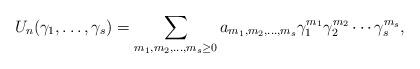
LaTeX: \begin{align*}U_n(\gamma_1, \ldots, \gamma_s) = \sum_{m_1, m_2, \ldots, m_s \ge 0}a_{m_1, m_2, \ldots, m_s}\gamma_1^{m_1}\gamma_2^{m_2}\cdots \gamma_s^{m_s},\end{align*}